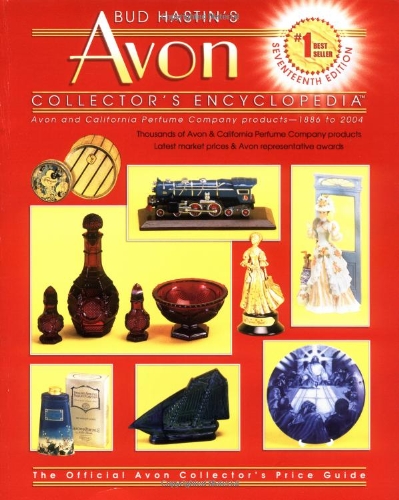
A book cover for Bud Hastins Avon Collectors Ency & California Perfume Co (Bud Hastin's Avon and Collector's Encyclopedia); Bud Hastin; Crafts, Hobbies & Home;